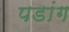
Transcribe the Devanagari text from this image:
पडांग